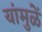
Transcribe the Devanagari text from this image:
यांमुळें